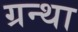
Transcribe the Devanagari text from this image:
ग्रन्था